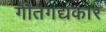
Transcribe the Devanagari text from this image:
गीतगद्यकार